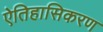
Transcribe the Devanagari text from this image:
ऐतिहासिकरण